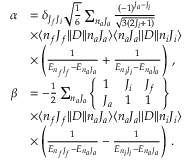
\begin{array} { r l } { \alpha } & { = \delta _ { J _ { f } J _ { i } } \sqrt { \frac { 1 } { 6 } } \sum _ { n _ { a } J _ { a } } \frac { ( - 1 ) ^ { J _ { a } - J _ { i } } } { \sqrt { 3 ( 2 J _ { i } + 1 ) } } } \\ & { \times \ensuremath { \langle n _ { f } J _ { f } | | } D \ensuremath { | | n _ { a } { J _ { a } } \rangle } \ensuremath { \langle n _ { a } { J _ { a } } | | } D \ensuremath { | | n _ { i } J _ { i } \rangle } } \\ & { \times \left( \frac { 1 } { E _ { n _ { f } J _ { f } } - E _ { { n _ { a } J _ { a } } } } + \frac { 1 } { E _ { n _ { i } J _ { i } } - E _ { { n _ { a } J _ { a } } } } \right) \, , } \\ { \beta } & { = - \frac { 1 } { 2 } \sum _ { n _ { a } J _ { a } } \ensuremath { \left\{ \begin{array} { l l l } { 1 } & { J _ { i } } & { J _ { f } } \\ { J _ { a } } & { 1 } & { 1 } \end{array} \right\} } } \\ & { \times \ensuremath { \langle n _ { f } J _ { f } | | } D \ensuremath { | | n _ { a } J _ { a } \rangle } \ensuremath { \langle n _ { a } J _ { a } | | } D \ensuremath { | | n _ { i } J _ { i } \rangle } } \\ & { \times \left( \frac { 1 } { E _ { n _ { f } J _ { f } } - E _ { n _ { a } J _ { a } } } - \frac { 1 } { E _ { n _ { i } J _ { i } } - E _ { n _ { a } J _ { a } } } \right) \, . } \end{array}